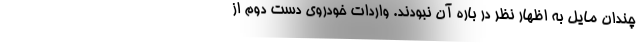
چندان مایل به اظهار نظر در باره آن نبودند. واردات خودروی دست دوم از